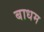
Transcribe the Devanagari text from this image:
बाधम